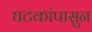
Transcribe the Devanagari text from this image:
घटकांपासुन